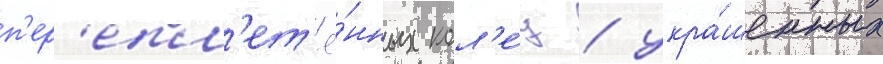
п'ер'епл'ет'ё́нных кол'е́ц / укра́шенных